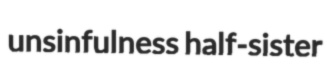
unsinfulness half-sister